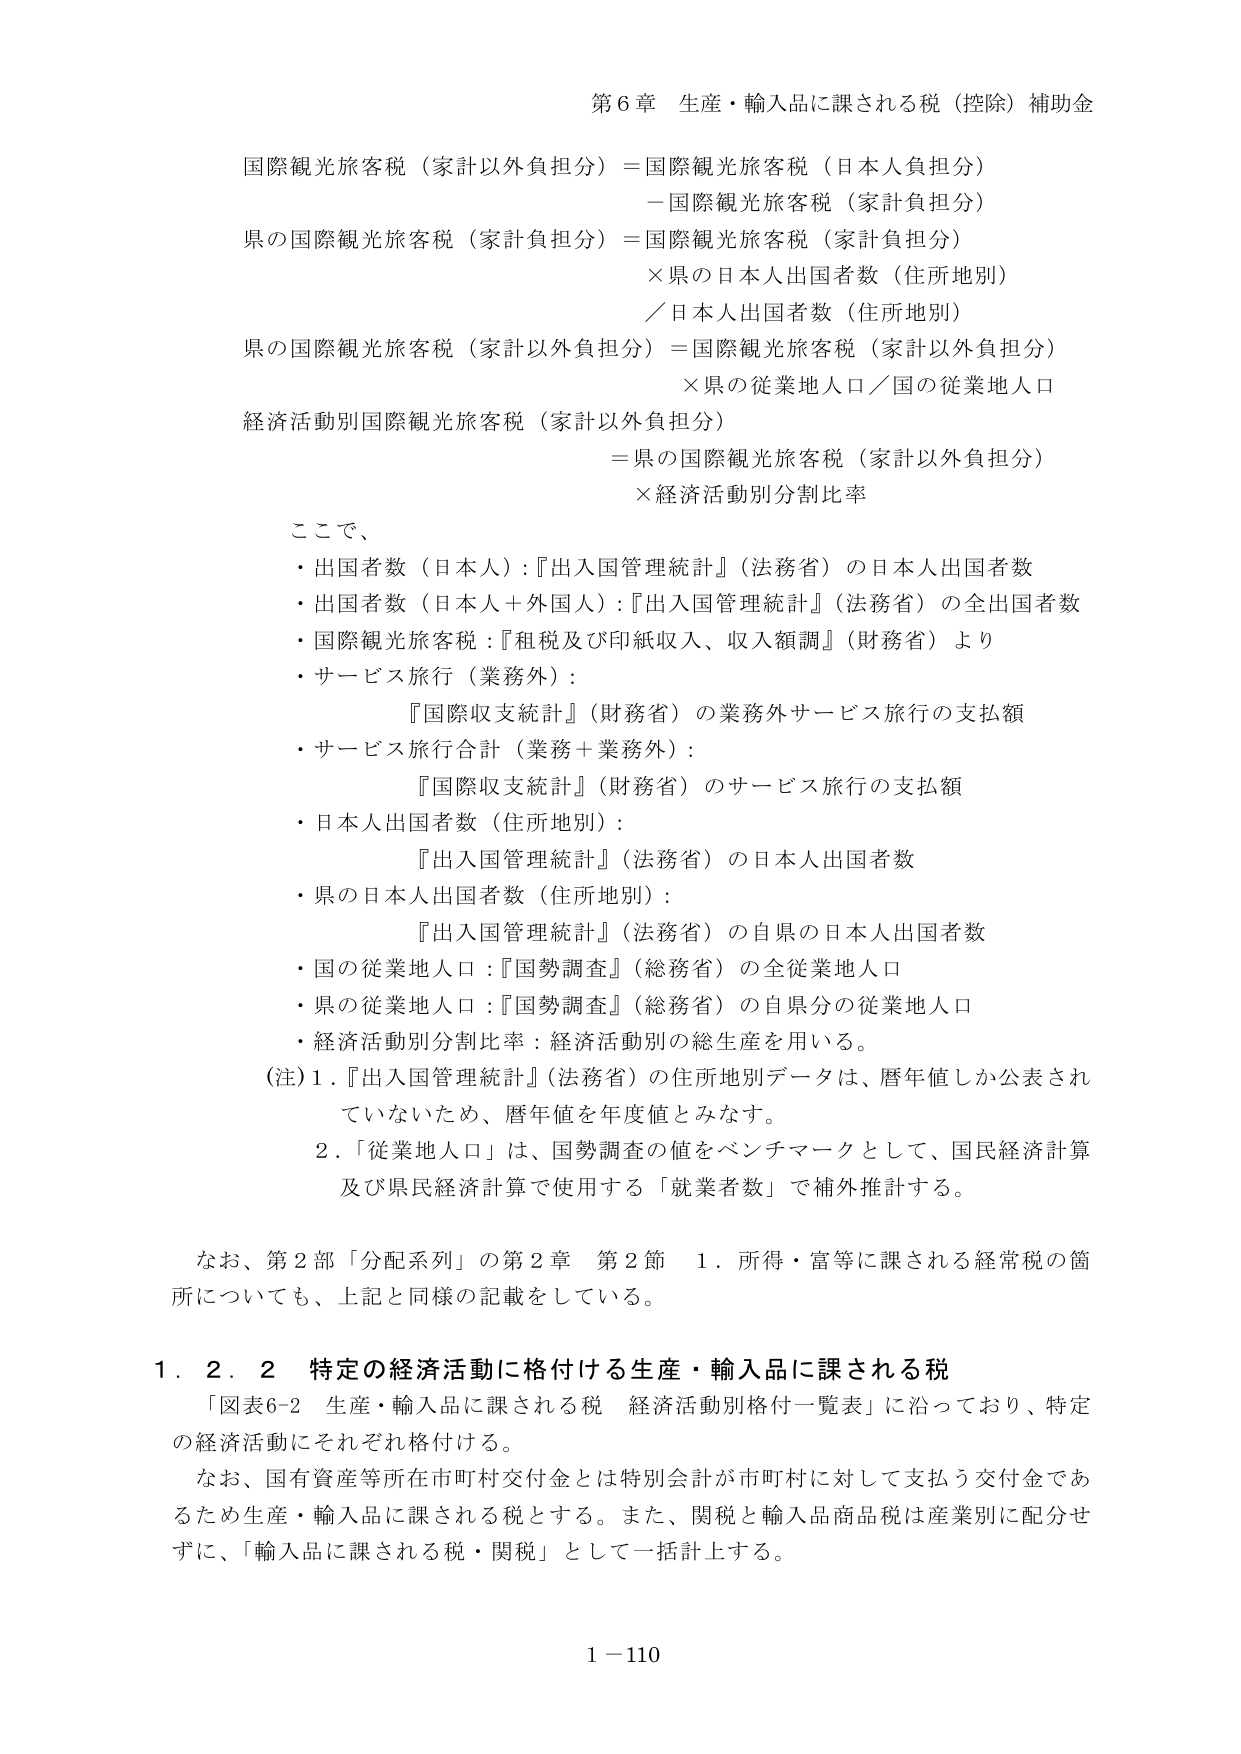
第６章 生産・輸入品に課される税（控除）補助金

国際観光旅客税（家計以外負担分）＝国際観光旅客税（日本人負担分）
　－国際観光旅客税（家計負担分）

県の国際観光旅客税（家計負担分）＝国際観光旅客税（家計負担分）
　×県の日本人出国者数（住所地別）
　／日本人出国者数（住所地別）

県の国際観光旅客税（家計以外負担分）＝国際観光旅客税（家計以外負担分）
　×県の従業地人口／国の従業地人口

経済活動別国際観光旅客税（家計以外負担分）
　＝県の国際観光旅客税（家計以外負担分）
　×経済活動別分割比率

ここで、
・出国者数（日本人）：『出入国管理統計』（法務省）の日本人出国者数
・出国者数（日本人＋外国人）：『出入国管理統計』（法務省）の全出国者数
・国際観光旅客税：『租税及び印紙収入、収入額調』（財務省）より
・サービス旅行（業務外）：
　『国際収支統計』（財務省）の業務外サービス旅行の支払額
・サービス旅行合計（業務＋業務外）：
　『国際収支統計』（財務省）のサービス旅行の支払額
・日本人出国者数（住所地別）：
　『出入国管理統計』（法務省）の日本人出国者数
・県の日本人出国者数（住所地別）：
　『出入国管理統計』（法務省）の自県の日本人出国者数
・国の従業地人口：『国勢調査』（総務省）の全従業地人口
・県の従業地人口：『国勢調査』（総務省）の自県分の従業地人口
・経済活動別分割比率：経済活動別の総生産を用いる。

（注）1．『出入国管理統計』（法務省）の住所地別データは、暦年値しか公表されていないため、暦年値を年度値とみなす。
　　2．「従業地人口」は、国勢調査の値をベンチマークとして、国民経済計算及び県民経済計算で使用する「就業者数」で補外推計する。

なお、第２部「分配系列」の第２章 第２節 1．所得・富等に課される経常税の箇所についても、上記と同様の記載をしている。

1．2．2 特定の経済活動に格付ける生産・輸入品に課される税
　「図表6-2 生産・輸入品に課される税 経済活動別格付一覧表」に沿っており、特定の経済活動にそれぞれ格付ける。
　なお、国有資産等所在市町村交付金とは特別会計が市町村に対して支払う交付金であるため生産・輸入品に課される税とする。また、関税と輸入品商品税は産業別に配分せずに、「輸入品に課される税・関税」として一括計上する。

1－110